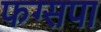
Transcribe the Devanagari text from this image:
फग्सपा